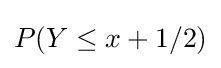
P(Y\leq x+1/2)